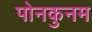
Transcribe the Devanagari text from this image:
पोनकुनम